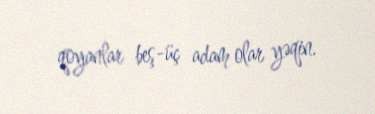
qoyanlar beş-üç adam olar yəqin.